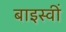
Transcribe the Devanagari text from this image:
बाइस्वीं